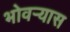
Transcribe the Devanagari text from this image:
भोवर्‍यास